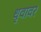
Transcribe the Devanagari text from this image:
धृवावर